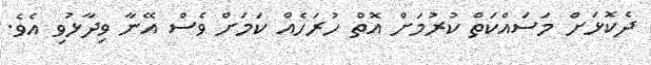
ދެކޮޅަށް މަސައްކަތް ކުރުމަށް އޮތް ހުރަހެއް ކަމަށް ވެސް އޭނާ ވިދާޅުވި އެވެ.